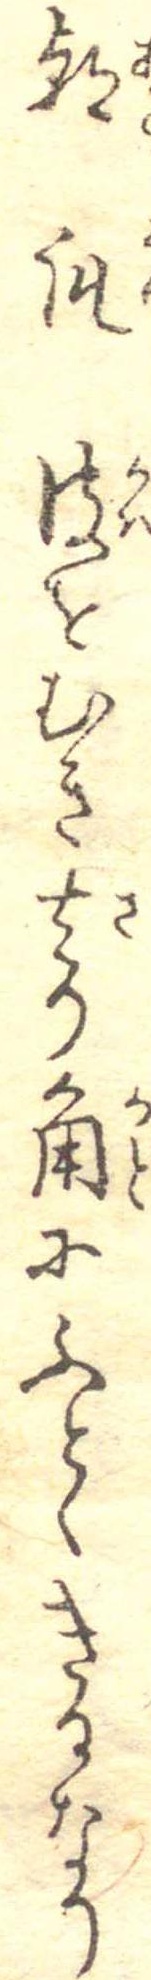
朝瓜皮をむき去り角にふとくきるなり